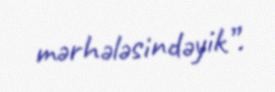
mərhələsindəyik”.